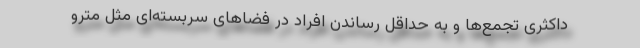
داکثری تجمع‌ها و به حداقل رساندن افراد در فضاهای سربسته‌ای مثل مترو